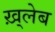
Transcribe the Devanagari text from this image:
ख़्लेब